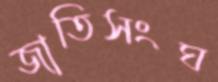
জাতিসংঘ